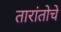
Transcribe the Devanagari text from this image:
तारांतोचे